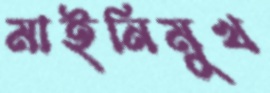
মাইনিমুখ